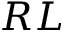
R L